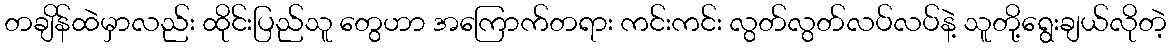
တချိန်ထဲမှာလည်း ထိုင်းပြည်သူ တွေဟာ အကြောက်တရား ကင်းကင်း လွတ်လွတ်လပ်လပ်နဲ့ သူတို့ရွေးချယ်လိုတဲ့